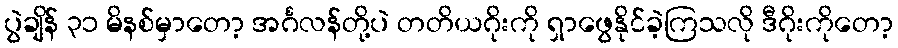
ပွဲချိန် ၃၁ မိနစ်မှာတော့ အင်္ဂလန်တို့ပဲ တတိယဂိုးကို ရှာဖွေနိုင်ခဲ့ကြသလို ဒီဂိုးကိုတော့